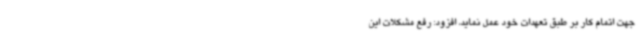
جهت اتمام کار بر طبق تعهدات خود عمل نماید، افزود: رفع مشکلات این